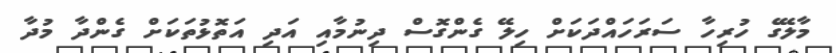
މާލޭގެ ހުރިހާ ސަރަހައްދަކަށް ހިލޭ ގެންގޮސް ދިނުމާއި އަދި އަތޮޅުތަކަށް ގެންދާ މުދާ